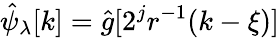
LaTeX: \hat{\psi}_{\lambda}[k]=\hat{g}[2^{j}r^{-1}(k-\xi)]